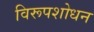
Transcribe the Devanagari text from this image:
विरूपशोधन